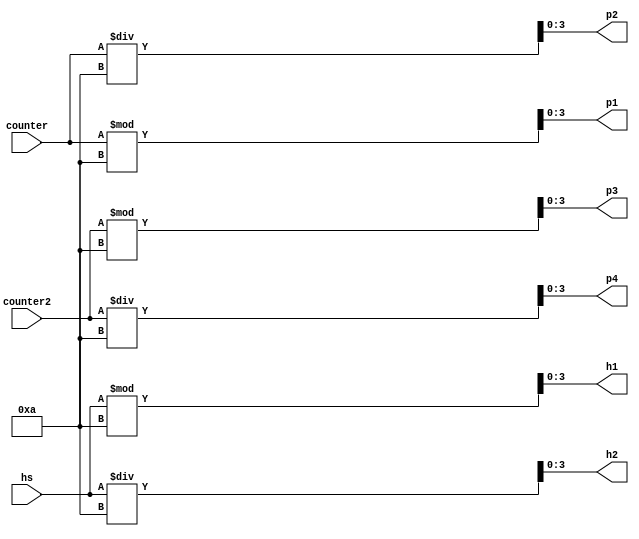
`timescale 1ns / 1ps
//////////////////////////////////////////////////////////////////////////////////
// Company: 
// Engineer: 
// 
// Design Name: 
// Module Name: timer
// Project Name: 
// Target Devices: 
// Tool Versions: 
// Description: 
// 
// Dependencies: 
// 
// Revision:
// Revision 0.01 - File Created
// Additional Comments:
// 
//////////////////////////////////////////////////////////////////////////////////

module points(input [6:0] counter, input [6:0] counter2, hs, output [3:0] p1, p2, p3, p4, h1, h2);
assign p1 = counter%10;
assign p2 = counter/10;
assign p3 = counter2%10;
assign p4 = counter2/10;
assign h1 = hs%10;
assign h2 = hs/10;
endmodule